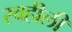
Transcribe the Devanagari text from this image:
स्वहीली